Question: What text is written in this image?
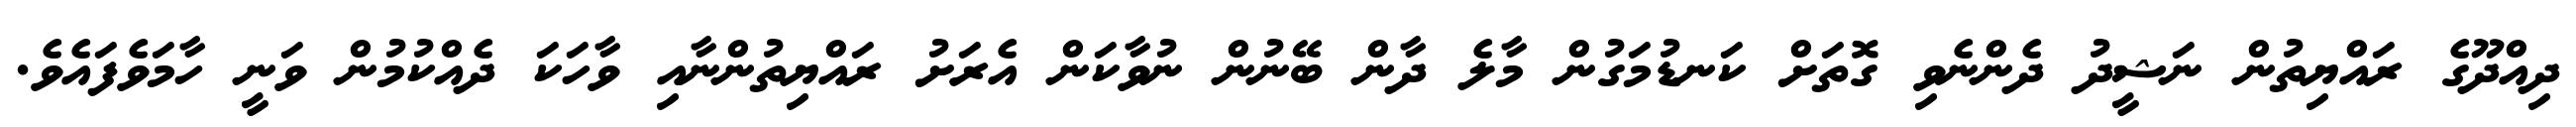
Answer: ދިއްދޫގެ ރައްޔިތުން ނަޝީދު ދެންނެވި ގޮތަށް ކަނޑުމަގުން މާލެ ދާން ބޭނުން ނުވާކަން އެރަށު ރައްޔިތުންނާއި ވާހަކަ ދެއްކުމުން ވަނީ ހާމަވެފައެވެ.